Lunatic asylums Bombay report 1891-1903 - 1891-1903
Year: 1891
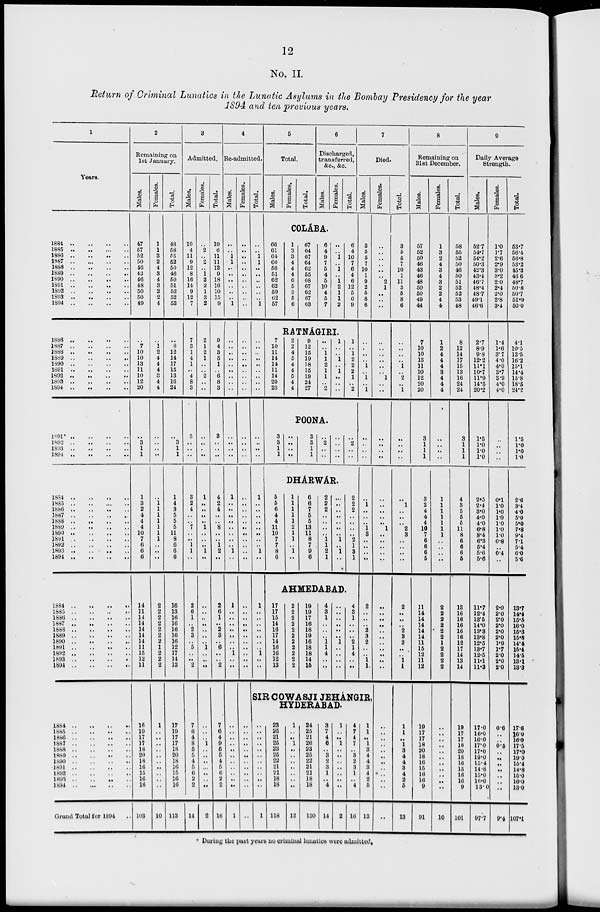
12
No. II.
Return of Criminal Lunatics in the Lunatic Asylums in the Bombay Presidency for the year
1894 and ten previous years.
1
Years.
1884 .. .. .. ..
1885 .. .. .. ..
1886
..
..
..
..
1887
..
..
..
..
1888 .. .. .. ..
1889 .. .. .. ..
1890 .. .. .. ..
1891
..
..
..
..
1892 .. .. .. ..
1893
..
..
..
..
1894
..
..
..
..
1886 .. .. .. ..
1887
..
..
..
..
1888
..
..
..
..
1889
..
..
..
..
1890
..
..
..
..
1891 .. .. .. ..
1892 .. .. .. ..
1893
..
..
..
..
1894
..
..
..
..
1891* .. .. .. ..
1892 .. .. .. ..
1893 .. .. .. ..
1894 .. .. .. ..
1884
..
..
..
..
1885
..
..
...
..
1886
..
..
..
..
1887 .. .. .. ..
1888 .. .. .. ..
1889
..
..
..
..
1890 .. .. .. ..
1891 .. .. .. ..
1892
..
..
..
..
1893
..
..
..
..
1894 .. .. .. ..
1884
..
..
..
..
1885
..
..
..
..
1886
..
..
..
..
1887 .. .. .. ..
1888 .. .. .. ..
1889 .. .. .. ..
1890 .. .. .. ..
1891 .. .. .. ..
1892 .. .. .. ..
1893
..
..
..
..
1894 .. .. .. ..
1884
..
..
..
..
1885
..
..
..
..
1886
..
..
..
..
1887
..
..
..
..
1888
..
..
..
..
1889
..
..
..
..
1890
..
..
..
..
1891
..
..
..
..
1892
..
..
..
..
1893
..
..
..
..
1894
..
..
..
..
Grand Total for 1894 ..
2
Remaining on
1st January.
Males.
47
57
52
50
46
43
46
48
50
50
49
..
7
10
10
13
11
10
12
20
..
3
1
1
1
3
2
4
4
4
10
7
6
6
6
14
11
14
14
14
14
14
11
15
12
11
16
19
17
17
18
20
18
16
15
16
16
103
Females.
1
1
3
2
4
3
4
3
2
2
4
..
1
2
4
4
4
3
4
4
..
..
..
..
..
1 1
1
1
1 1
1
..
..
..
2
2
2
2
2
2
2
1
2
2
2
1
..
..
..
..
..
..
..
..
..
..
10
Total.
48
58
55
52
50
46
50
51
52
52
53
..
8
12
14
17
15
13
16
24
..
3
1
1
1
4
3
5
5
5
11
8
6
6
6
16
13
16
16
16
16
16
12
17
14
13
17
19
17
17
18
20
18
16
15
16
16
113
3
Admitted.
Males.
19
4
11
9
12
8
16
14
9
12
7
7
3
1
4
1
..
4
8
3
3
..
..
..
3
2
4
..
..
7
..
..
1
1
..
2
6
1
..
2
3
..
5
..
..
2
7
6
4
8
5
5
4
5
6
2
2
14
Females.
..
2
..
2
..
1
2
2
1
3
2
2
1
2
1
..
..
2
..
..
..
..
..
..
1
..
..
..
..
1
..
..
..
1
..
..
..
..
..
..
..
..
1
..
..
..
..
..
..
1
..
..
..
..
..
..
..
2
Total.
19
6
11
11
12
9
18
16
10
15
9
9
4
3
5
1
..
6
8
3
3
..
..
..
4
2
4
..
..
8
..
..
1
2
..
2
6
1
..
2
3
..
6
..
..
2
7
6
4
9
5
5
4
5
6
2
2
16
4
Re-admitted.
Males.
..
..
1
1
..
..
..
..
..
..
1
..
..
..
..
..
..
..
..
..
..
..
..
..
1
..
..
..
..
..
..
..
..
1
..
1
..
..
..
..
..
..
..
1
..
..
..
..
..
..
..
..
..
..
..
..
..
1
Females.
..
..
..
..
..
..
..
..
..
..
..
..
..
..
..
..
..
..
..
..
..
..
..
..
..
..
..
..
..
..
..
..
..
..
..
..
..
..
..
..
..
..
..
..
..
..
..
..
..
..
..
..
..
..
..
..
..
..
Total.
..
..
1
1
..
..
..
..
..
..
1
..
..
..
..
..
..
..
..
..
..
..
..
..
1
..
..
..
..
..
..
..
..
1
..
1
..
..
..
..
..
..
..
1
..
..
5
Total.
Males.
Females.
Total.
6
Discharged,
transferred,
&c., &c.
Males.
Females.
Total.
COLÁBA.
66
61
64
60
58
51
62
62
59
62
57
1
3
3
4
4
4
6
5
3
5
6
67
64
67
64
62
55
68
67
62
67
63
6
4
9
7
5
4
5
10
4
5
7
..
..
1
..
1
..
1
2
1
1
2
6
4
10
7
6
4
6
12
5
6
9
RATNÁGIRI.
7
10
11
14
14
11
14
20
23
2
2
4
5
4
4
5
4
4
9
12
15
19
18
15
19
24
27
..
..
1
1
2
1
1
..
2
1
..
..
1
..
1
..
..
..
1
..
1
2
2
2
1
..
2
POONA.
3
3
1
1
..
..
..
..
3
3
1
1
..
2
..
..
..
..
..
..
..
2
..
..
DHÁRWÁR.
5
5
6
4
4
11
10
7
7
8
6
1
1
1
1
1
2
1
1
..
1
..
6
6
7
5
5
13
11
8
7
9
6
2
2
2
..
..
..
..
1
1
2
1
...
.. ..
..
..
..
..
1
..
1
..
2
2
2
..
..
..
..
2
1
3
1
AHMEDABAD.
17
17
15
14
16
17
14
16
16
12
13
2
2
2
2
2
2
2
2
2
2
2
19
19
17
16
18
19
16
18
18
14
15
4
3
1
..
..
..
1
1
4
..
..
..
..
..
..
..
..
1
..
..
..
..
4
3
1
..
..
..
2
1
4
..
..
7
Died.
Males.
3
5
5
7
10
1
9
2
5
8
6
..
..
..
..
1
..
1
..
1
..
..
..
..
..
1
..
..
..
1 3
..
..
..
..
2
..
..
..
2
3
2
..
..
1
1
SIR COWASJI JEHÁNGIR,
HYDERABAD.
..
..
..
..
..
..
..
..
..
..
..
1
23
25
21
25
23
25
22
21
21
18
18
118
1
..
..
1
..
..
..
..
..
..
..
12
24
25
21
26
23
25
22
21
21
18
18
130
3 7
4
6
..
3
2
3 1
..
4
14
1
..
..
1
..
..
..
..
..
..
..
2
4
7
4
7
..
3
2
3
1
..
4
16
1
1
..
1
3
4
4
3
4
2
5
13
Females.
..
..
..
..
..
..
2
1
..
..
..
..
..
..
..
..
..
1
..
..
..
..
..
..
..
..
..
..
..
1
..
..
..
..
..
..
..
..
..
..
..
..
..
..
..
..
..
..
..
..
..
..
..
..
..
..
..
..
Total.
3
5
5
7
10
1
11
3
5
8
6
..
..
..
..
1
..
2
..
1
..
..
..
..
..
1
..
..
..
2
3
..
..
..
..
2
..
..
..
2
3
2
..
..
1
1
1
1
..
1
3
4
4
3
4
2
5
13
8
Remaining on
31st December.
Males.
57
52
50
46
43
46
48
50
50
49
44
7
10
10
13
11
10
12
20
20
3
1
1
1
3
2
4
4
4
10
7
6
6
6
5
11
14
14
14
14
14
11
15
12
11
12
19
17
17
18
20
18
16
15
16
16
9
91
Females.
1
3
2
4
3
4
3
2
2
4
4
1
2
4
4
4
3
4
4
4
..
..
..
..
1
1
1
1
1
1
1
..
..
..
..
2
2
2
2
2
2
1
2
2
2
2
..
..
..
..
..
..
..
..
..
..
..
10
Total.
58
55
52
50
46
50
51
52
52
53
48
8
12
14
17
15
13
16
24
24
3
1
1
1
4
3
5
5
5
11
8
6
6
6
5
13
16
16
16
16
16
12
17
14
13
14
19
17
17
18
20
18
16
15
16
16
9
101
9
Daily Average
Strength.
Males.
52.7
54.7
54.2
50.3
42.3
43.4
46.7
48.4
48.7
49.1
46.6
2.7
8.9
9.8
12.2
11.1
10.7
11.9
14.5
20.2
1.5
1.0
1.0
1.0
2.5
2.4
3.0
4.0
4.0
6.8
8.4
6.3
5.4
5.6
5.6
11.7
12.4
13.5
14.0
13.3
13.8
12.5
13.7
12.5
11.1
11.3
17.0
16.0
16.0
17.0
17.0
19.0
15.4
14.8
15.0
16.0
13.0
97.7
Females.
1.0
1.7
2.6
2.9
3.0
3.2
2.0
2.4
2.0
2.8
3.4
1.4
1.6
3.7
4.0
4.0
3.7
3.9
4.0
4.0
..
..
..
..
0.1
1.0
1.0
1.0
1.0
1.0
1.0
0.8
..
0.4
..
2.0
2.0
2.0
2.0
2.0
2.0
1.9
1.7
2.0
2.0
2.0
0.6
..
..
0.5
..
..
..
..
..
..
..
9.4
Total.
53.7
56.4
56.8
53.2
45.3
46.6
48.7
50.8
50.7
51.9
50.0
4.1
10.5
13.5
16.2
15.1
14.4
15.8
18.5
24.2
1.5
1.0
1.0
1.0
2.6
3.4
4.0
5.0
5.0
7.8
9.4
7.1
5.4
6.0
5.6
13.7
14.4
15.5
16.0
15.3
15.8
14.4
15.4
14.5
13.1
13.3
17.6
16.0
16.0
17.5
17.0
19.0
15.4
14.8
15.0
16.0
13.0
107.1
* During the past years no criminal lunatics were admitted.